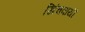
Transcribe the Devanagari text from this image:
खिंचवायी